Vaccination in Bombay 1869-1873 - 1869-1873
Year: 1869
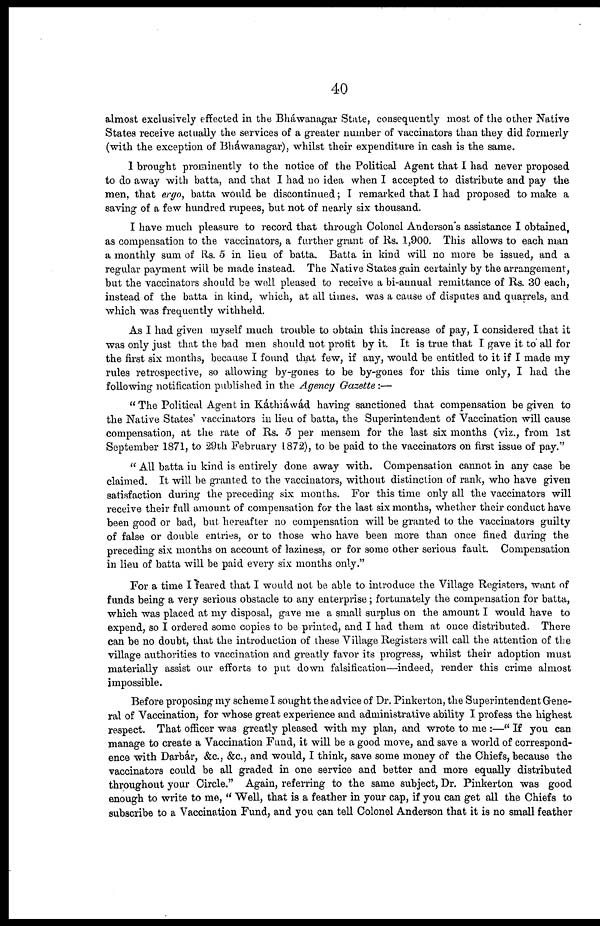
40
almost exclusively effected in the Bháwanagar State, consequently most of the other Native
States receive actually the services of a greater number of vaccinators than they did formerly
(with the exception of Bháwanagar), whilst their expenditure in cash is the same.
I brought prominently to the notice of the Political Agent that I had never proposed
to do away with batta, and that I had no idea when I accepted to distribute and pay the
men, that ergo, batta would be discontinued; I remarked that I had proposed to make a
saving of a few hundred rupees, but not of nearly six thousand.
I have much pleasure to record that through Colonel Anderson's assistance I obtained,
as compensation to the vaccinators, a further grant of Rs. 1,900. This allows to each man
a monthly sum of Rs. 5 in lieu of batta. Batta in kind will no more be issued, and a
regular payment will be made instead. The Native States gain certainly by the arrangement,
but the vaccinators should be well pleased to receive a bi-annual remittance of Rs. 30 each,
instead of the batta in kind, which, at all times, was a cause of disputes and quarrels, and
which was frequently withheld.
As I had given myself much trouble to obtain this increase of pay, I considered that it
was only just that the bad men should not profit by it. It is true that I gave it to all for
the first six months, because I found that few, if any, would be entitled to it if I made my
rules retrospective, so allowing by-gones to be by-gones for this time only, I had the
following notification published in the Agency Gazette :—
"The Political Agent in Káthiáwád having sanctioned that compensation be given to
the Native States' vaccinators in lieu of batta, the Superintendent of Vaccination will cause
compensation, at the rate of Rs. 5 per mensem for the last six months (viz., from 1st
September 1871, to 29th February 1872), to be paid to the vaccinators on first issue of pay."
" All batta in kind is entirely done away with. Compensation cannot in any case be
claimed. It will be granted to the vaccinators, without distinction of rank, who have given
satisfaction during the preceding six months. For this time only all the vaccinators will
receive their full amount of compensation for the last six months, whether their conduct have
been good or bad, but hereafter no compensation will be granted to the vaccinators guilty
of false or double entries, or to those who have been more than once fined during the
preceding six months on account of laziness, or for some other serious fault. Compensation
in lieu of batta will be paid every six months only."
For a time I feared that I would not be able to introduce the Village Registers, want of
funds being a very serious obstacle to any enterprise; fortunately the compensation for batta,
which was placed at my disposal, gave me a small surplus on the amount I would have to
expend, so I ordered some copies to be printed, and I had them at once distributed. There
can be no doubt, that the introduction of these Village Registers will call the attention of the
village authorities to vaccination and greatly favor its progress, whilst their adoption must
materially assist our efforts to put down falsification—indeed, render this crime almost
impossible.
Before proposing my scheme I sought the advice of Dr. Pinkerton, the Superintendent Gene-
ral of Vaccination, for whose great experience and administrative ability I profess the highest
respect. That officer was greatly pleased with my plan, and wrote to me :—" If you can
manage to create a Vaccination Fund, it will be a good move, and save a world of correspond-
ence with Darbár, &c., &c., and would, I think, save some money of the Chiefs, because the
vaccinators could be all graded in one service and better and more equally distributed
throughout your Circle." Again, referring to the same subject, Dr. Pinkerton was good
enough to write to me, " Well, that is a feather in your cap, if you can get all the Chiefs to
subscribe to a Vaccination Fund, and you can tell Colonel Anderson that it is no small feather